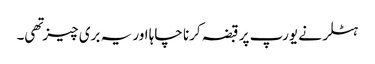
ہٹلر نے یورپ پر قبضہ کرنا چاہا اور یہ بری چیز تهی۔